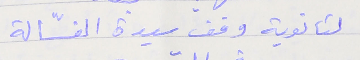
لثانوية وقف سيدة الغسّالة